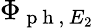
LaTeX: \Phi_{\mathrm{~p~h~},\, E_{2}}